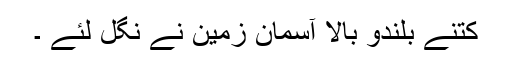
کتنے بلندو بالا آسمان زمین نے نگل لئے ۔